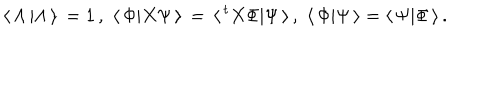
\langle \, \Lambda \, \vert \Lambda \, \rangle \, = 1 \, , \, \, \langle \, \Phi \vert X \Psi \, \rangle \, = \, \langle \, { ^ t X } \Phi \vert \Psi \, \rangle \, , \, \, \langle \, \Phi \vert \Psi \, \rangle = \langle \, \Psi \vert \Phi \, \rangle \, .